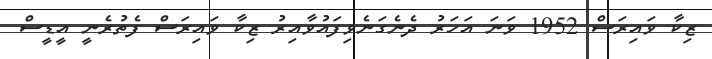
ޒިކާ ވައިރަސް 1952 ވަނަ އަހަރު ދެނެގަނެވިފައުވާއިރު ޒިކާ ވައިރަސް ފެތުރެނީ އީޑީސް